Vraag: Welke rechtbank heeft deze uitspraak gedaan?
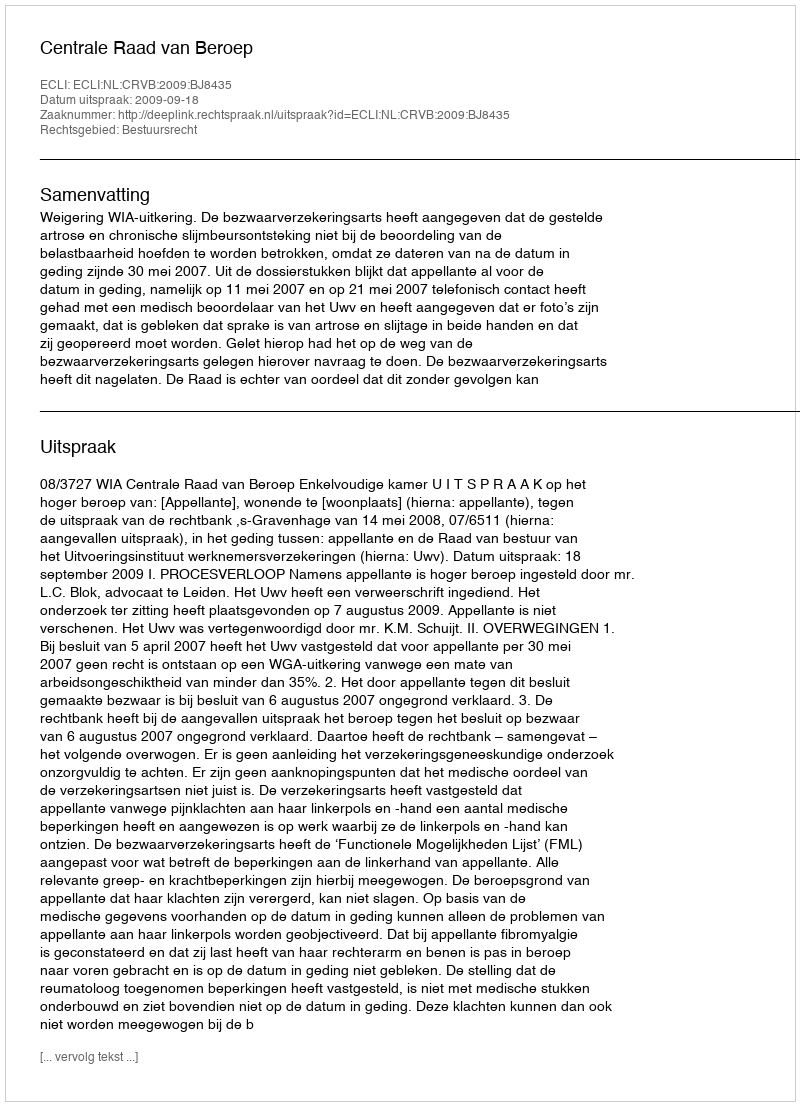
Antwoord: Centrale Raad van Beroep